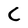
Character: C